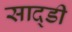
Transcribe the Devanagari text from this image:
साद्डी